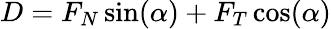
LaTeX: D=F_{N}\sin(\alpha)+F_{T}\cos(\alpha)